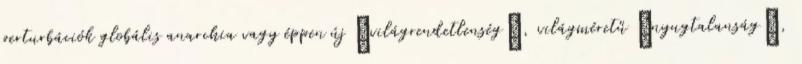
perturbációk globális anarchia vagy éppen új „világrendetlenség”, világméretű „nyugtalanság”,